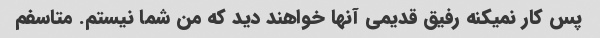
پس کار نمیکنه رفیق قدیمی آنها خواهند دید که من شما نیستم. متاسفم